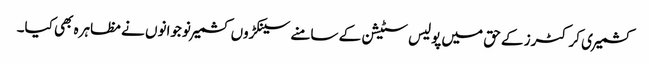
کشمیری کرکٹرز کے حق میں پولیس سٹیشن کے سامنے سینکڑوں کشمیر نوجوانوں نے مظاہرہ بھی کیا۔